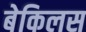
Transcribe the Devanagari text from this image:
बेकिलस